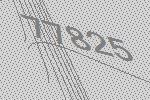
77825